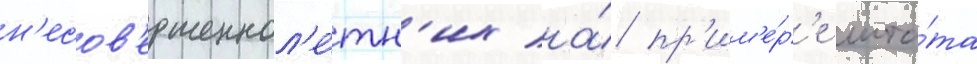
н'есов'ершеннол'е́тн'их на́ пр'им'е́р'е шта́та